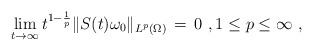
\begin{align*} \lim_{t \to \infty} t^{1-\frac1p}\|S(t)\omega_0\|_{L^p(\Omega)} \,=\, 0~, 1 \le p \le \infty~,\end{align*}